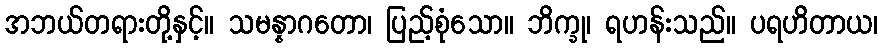
အဘယ်တရားတို့နှင့်။ သမန္နာဂတော၊ ပြည့်စုံသော။ ဘိက္ခု၊ ရဟန်းသည်။ ပရဟိတာယ၊